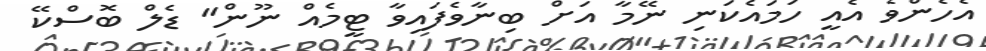
އެހެންވެ އެއީ ހަމައެކަނި ނޭމާ އަށް ބިނާވެފައިވާ ޓީމެއް ނޫން" ޑެލް ބޮސްކޭ